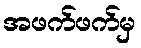
အဖက်ဖက်မှ